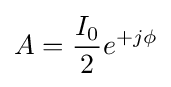
A={\frac {I_{0}}{2}}e^{+j\phi }